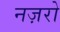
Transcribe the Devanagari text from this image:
नज़रो